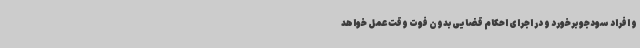
و افراد سودجو برخورد و در اجرای احکام قضایی بدون فوت وقت عمل خواهد